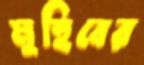
মুহিবের